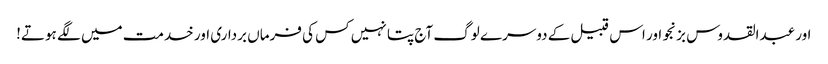
اور عبدالقدوس بزنجو اور اس قبیل کے دوسرے لوگ آج پتا نہیں کس کی فرماں برداری اور خدمت میں لگے ہوتے!